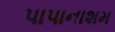
પાપાનાશમ